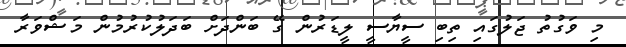
މި ވަގުތު ޖަލުގައި ތިބި ސީޔާސީ ލީޑަރުން ގޭ ބަންދަށް ބަދަލުކުރުމުން މަޝްވަރާ